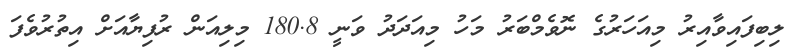
ލިބިފައިވާއިރު މިއަހަރުގެ ނޮވެމްބަރު މަހު މިއަދަދު ވަނީ 180.8 މިލިއަން ރުފިޔާއަށް އިތުރުވެފަ